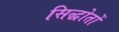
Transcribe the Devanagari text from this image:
सिद्धोतों